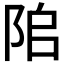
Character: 𨹅